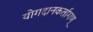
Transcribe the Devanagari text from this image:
योगदानकर्तागण्